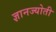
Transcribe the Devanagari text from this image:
ज्ञानज्योती